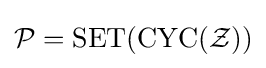
{\mathcal {P}}=\operatorname {SET} (\operatorname {CYC} ({\mathcal {Z}}))